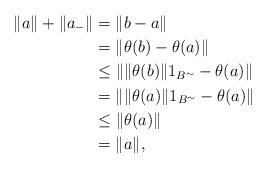
LaTeX: \begin{align*} \|a\|+\|a_-\|&=\|b-a\|\\ &=\|\theta(b)-\theta(a)\|\\ &\leq \| \|\theta(b)\|1_{B^\sim}-\theta(a)\|\\ &=\|\|\theta(a)\|1_{B^\sim}-\theta(a)\|\\ &\leq \|\theta(a)\|\\ &=\|a\|,\end{align*}